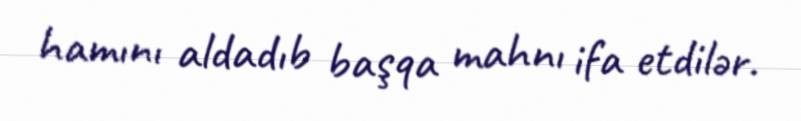
hamını aldadıb başqa mahnı ifa etdilər.